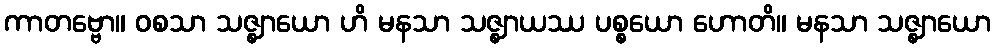
ကာတဗ္ဗော။ ဝစသာ သဇ္ဈာယော ဟိ မနသာ သဇ္ဈာယဿ ပစ္စယော ဟောတိ။ မနသာ သဇ္ဈာယော